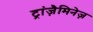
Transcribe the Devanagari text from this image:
ट्रांज़ैमिनेज़